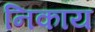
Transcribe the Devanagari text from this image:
निकाय